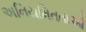
અનિયમિતતાઓ